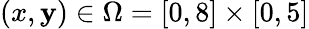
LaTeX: (x,\mathbf{y})\in\Omega=[0,8]\times[0,5]